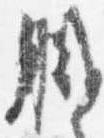
職